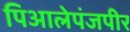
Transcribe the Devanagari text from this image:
पिआलेपंजपीर